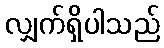
လျှက်ရှိပါသည်